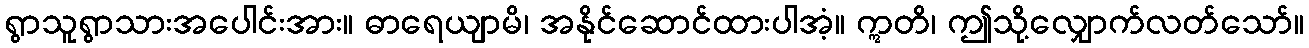
ရွာသူရွာသားအပေါင်းအား။ ဓာရေယျာမိ၊ အနိုင်ဆောင်ထားပါအံ့။ ဣတိ၊ ဤသို့လျှောက်လတ်သော်။